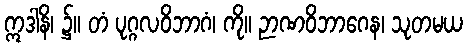
ဣဒါနိ၊ ၌။ တံ ပုဂ္ဂလဝိဘာဂံ၊ ကို။ ဉာဏဝိဘာဂေန၊ သုတမယ